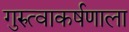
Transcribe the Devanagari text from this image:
गुरुत्वाकर्षणाला